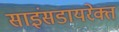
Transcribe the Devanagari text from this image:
साइंसडायरेक्त